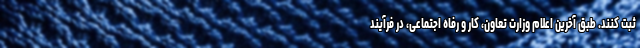
ثبت کنند. طبق آخرین اعلام وزارت تعاون، کار و رفاه اجتماعی، در فرآیند